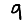
Digit: 9